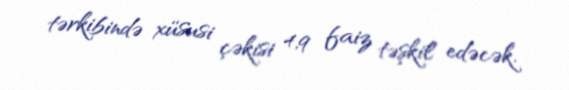
tərkibində xüsusi çəkisi 4,9 faiz təşkil edəcək.